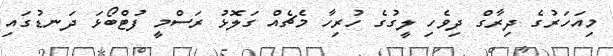
މިއަހަރުގެ ދިރާގް ދިވެހި ލީގުގެ ހުރިހާ މެޗެއް ގަލޮޅު ރަސްމީ ފުޓްބޯޅަ ދަނޑުގައި